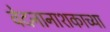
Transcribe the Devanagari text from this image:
वेदनानाशकाच्या